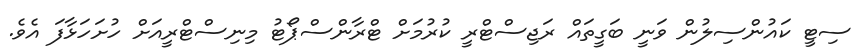
ސިޓީ ކައުންސިލުން ވަނީ ބަގީތައް ރަޖިސްޓްރީ ކުރުމަށް ޓްރާންސްޕޯޓު މިނިސްޓްރީއަށް ހުށަހަޅާފަ އެވެ.